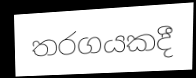
තරගයකදී